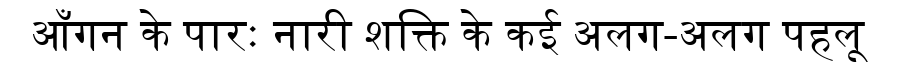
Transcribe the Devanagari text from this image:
आँगन के पारः नारी शक्ति के कई अलग-अलग पहलू